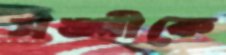
সঙ্গীকে